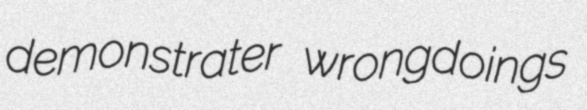
demonstrater wrongdoings